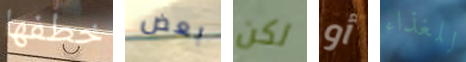
خطفها بعض لكن أو للغذاء